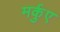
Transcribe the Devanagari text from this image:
मर्कुए